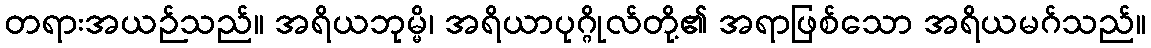
တရားအယဉ်သည်။ အရိယဘုမ္မိ၊ အရိယာပုဂ္ဂိုလ်တို့၏ အရာဖြစ်သော အရိယမဂ်သည်။